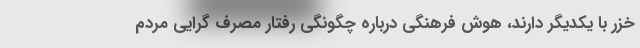
خزر با یکدیگر دارند، هوش فرهنگی درباره چگونگی رفتار مصرف گرایی مردم